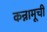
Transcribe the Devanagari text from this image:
कन्नामूची